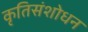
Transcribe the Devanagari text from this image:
कृतिसंशोधन